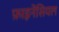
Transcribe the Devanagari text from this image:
फ़ाइनेंसियल